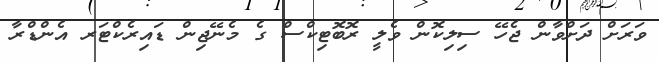
ވަރަށް ދަށްވާން ޖެހޭ ސިލިކޮން ވެލީ ރޮބޮޓިކްސް ގެ މެނޭޖިން ޑައިރެކްޓަރ އެންޑްރާ